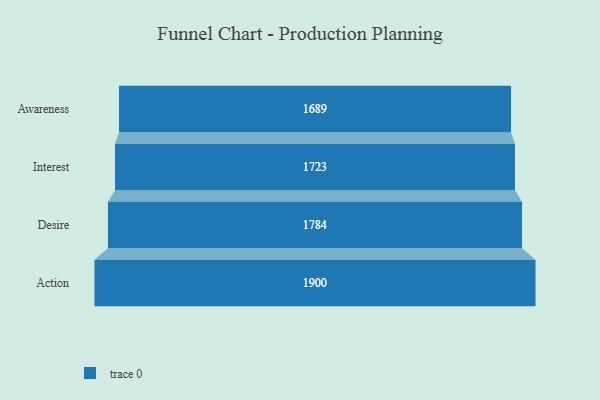
{"axis": {"x": "Stage", "y": "Value"}, "legend": [""], "data": [{"x": "Awareness", "y": 1689.0, "type": ""}, {"x": "Interest", "y": 1723.0, "type": ""}, {"x": "Desire", "y": 1784.0, "type": ""}, {"x": "Action", "y": 1900.0, "type": ""}]}